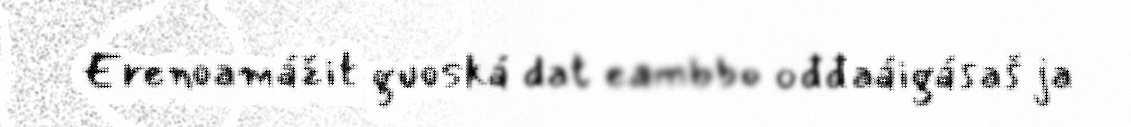
Erenoamážit guoská dat eambbo ođđaáigásaš ja